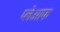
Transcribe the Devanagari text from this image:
प्लेआफ